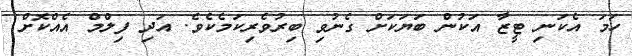
ހަމަ އެކަނި ޓީޒާ އަކުން ބަޔަކަށް ގެނުވި ބިރުވެރިކަމެކެވެ. އަދި ފިލްމް އެެއްކޮށް